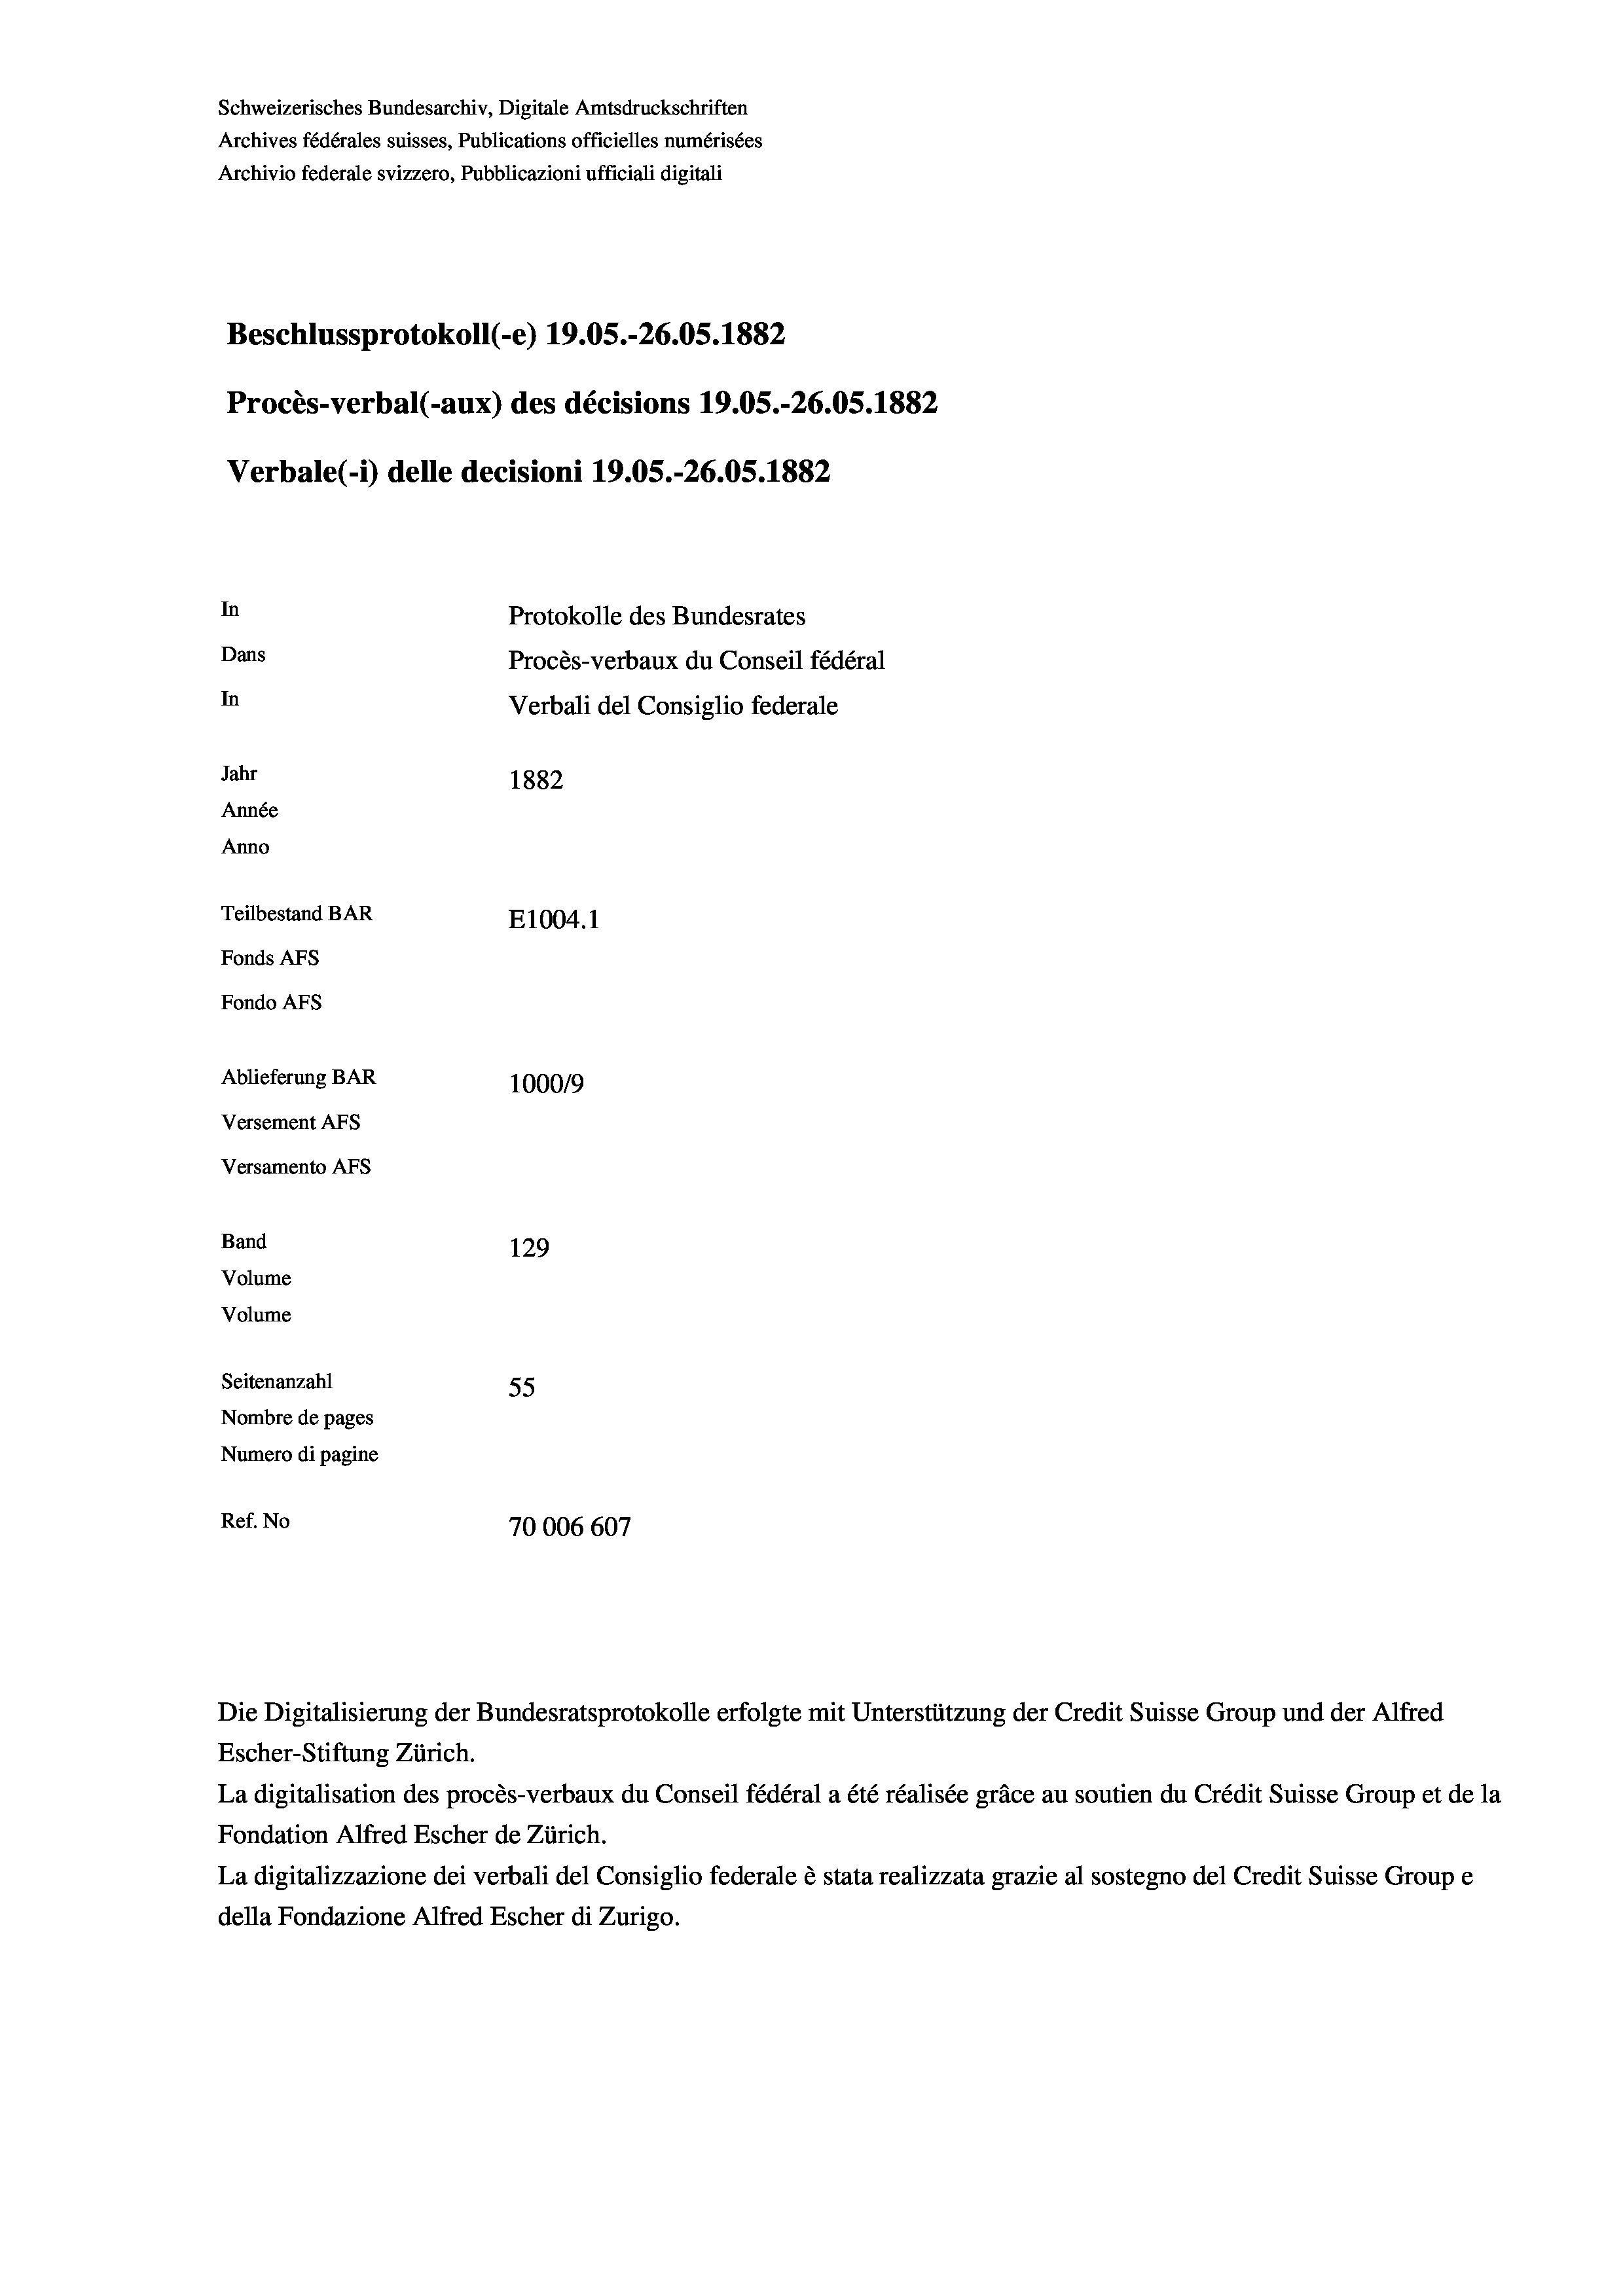
Schweizerisches Bundesarchiv, Digitale Amtsdruckschriften
Archives fédérales suisses, Publications officielles numérisées
Archivio federale svizzero, Pubblicazioni ufficiali digitali
Beschlussprotokoll (e) 19.05.-26.05. 1882
Procès-verbal (-aux) des décisions 19.05.-26.05. 1882
Verbale (- 1) delle decisioni 19.05.-26.05. 1882
In
Protokolle des Bundesrates
Dans
Procès-verbaux du Conseil fédéral
In
Verbali del Consiglio federale
Jahr
1882
Année
Anno
Teilbestand BAR
E1004. 1
Fonds AFs
Fondo Afs
Ablieferung BAR
100019
Versement AFs
Versamento AFs
Band
129
Volume
Volume
Seitenanzahl
55
Nombre de pages
Numero di pagine
Ref. No
70006 607

Die Digitalisierung der Bundesratsprotokolle erfolgte mit Unterstützung der Credit Suisse Group und der Alfred

Escher-Stiftung Zürich.
La digitalisation des procès-verbaux du Conseil fédéral a été réalisée gräce au soutien du Crédit Suisse Group et de la
Fondation Alfred Escher de Zürich.
La digitalizzazione dei verbali del Consiglio federale è stata realizzata grazie al sostegno del Credit Suisse Groupe
della Fondazione Alfred Escher di Zurigo.